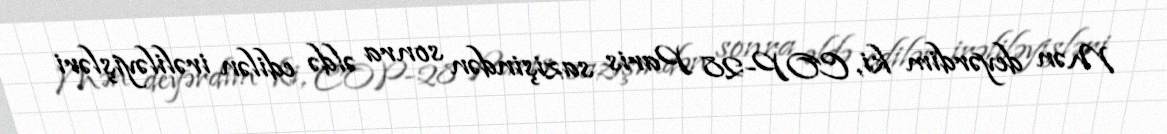
Mən deyərdim ki, COP-28 Paris sazişindən sonra əldə edilən irəliləyişləri